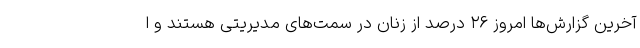
آخرین گزارش‌ها امروز ۲۶ درصد از زنان در سمت‌های مدیریتی هستند و ا